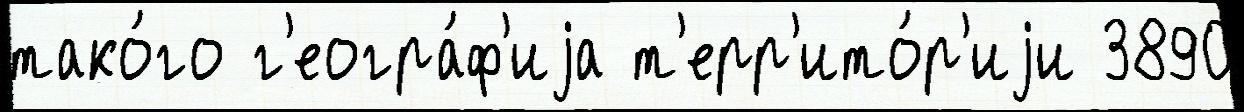
тако́го г'еогра́ф'иjа т'ерр'ито́р'иjи 3890